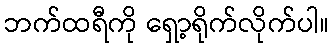
ဘက်ထရီကို ရှော့ရိုက်လိုက်ပါ။